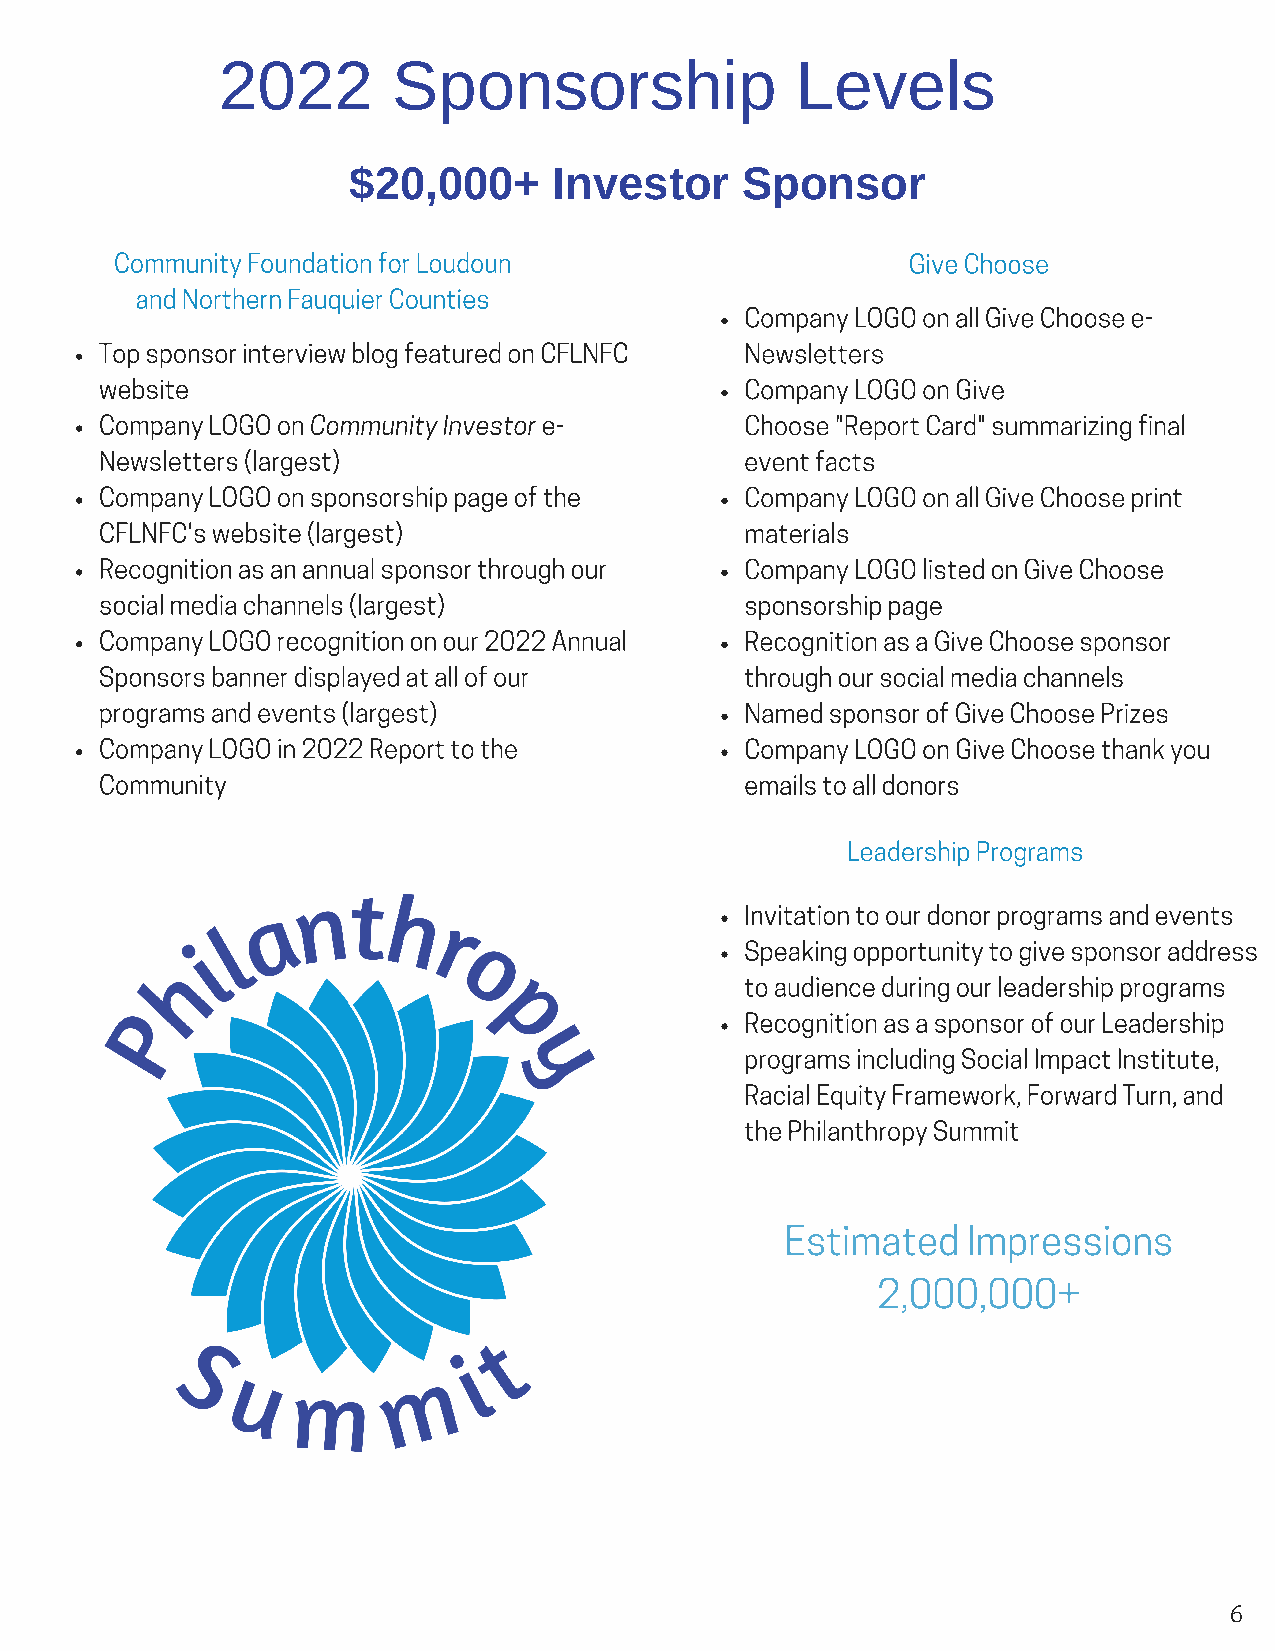
2022        Sponsorship                Levels
 $20,000+      Investor    Sponsor
 Community Foundation for Loudoun                    Give Choose
 and Northern Fauquier Counties
 Company LOGO on all Give Choose e-
 Top sponsor interview blog featured on CFLNFC Newsletters
 website                                   Company LOGO on Give
 Company LOGO on Community Investor e-     Choose "Report Card" summarizing final
 Newsletters (largest)                     event facts
 Company LOGO on sponsorship page of the   Company LOGO on all Give Choose print
 CFLNFC's website (largest)                materials
 Recognition as an annual sponsor through our Company LOGO listed on Give Choose
 social media channels (largest)           sponsorship page
 Company LOGO recognition on our 2022 Annual Recognition as a Give Choose sponsor
 Sponsors banner displayed at all of our   through our social media channels
 programs and events (largest)             Named sponsor of Give Choose Prizes
 Company LOGO in 2022 Report to the        Company LOGO on Give Choose thank you
 Community                                 emails to all donors
 Leadership Programs
 Invitation to our donor programs and events
 Speaking opportunity to give sponsor address
 to audience during our leadership programs
 Recognition as a sponsor of our Leadership
 programs including Social Impact Institute,
 Racial Equity Framework, Forward Turn, and
 the Philanthropy Summit
 Estimated   Impressions
 2,000,000+
 6